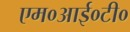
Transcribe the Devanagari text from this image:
एम०आई०टी०